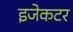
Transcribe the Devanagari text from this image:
इजेकटर